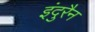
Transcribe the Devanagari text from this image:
इंदुरैन